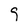
Character: 9